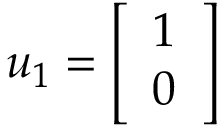
u _ { 1 } = { \left[ \begin{array} { l } { 1 } \\ { 0 } \end{array} \right] }